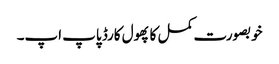
خوبصورت کمل کا پھول کارڈ پاپ اپ۔